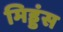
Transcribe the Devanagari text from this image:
मिड्डंस